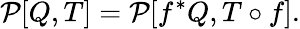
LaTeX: {\cal P}[Q,T]={\cal P}[f^{*}Q,T\circ f].